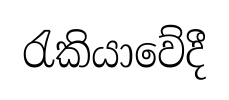
රැකියාවේදී